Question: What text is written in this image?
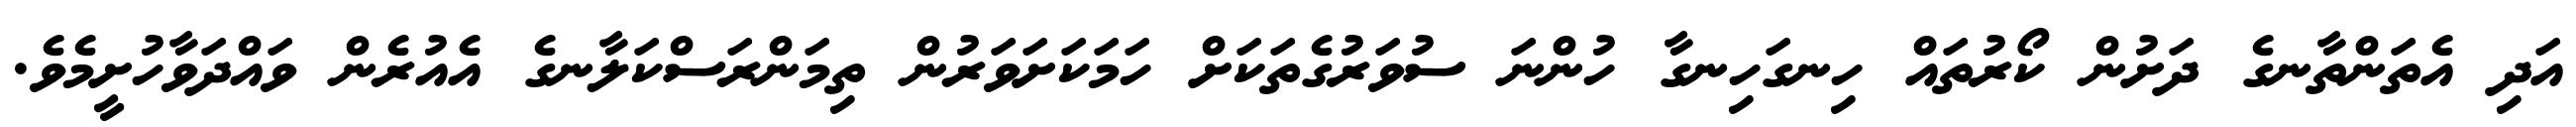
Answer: އަދި އެތަންތާނގެ ދަށުން ކޯރުތައް ހިނގަހިނގާ ހުންނަ ސުވަރުގެތަކަށް ހަމަކަށަވަރުން ތިމަންރަސްކަލާނގެ އެއުރެން ވައްދަވާހުށީމެވެ.